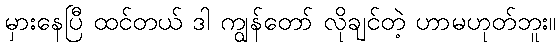
မှားနေပြီ ထင်တယ် ဒါ ကျွန်တော် လိုချင်တဲ့ ဟာမဟုတ်ဘူး။